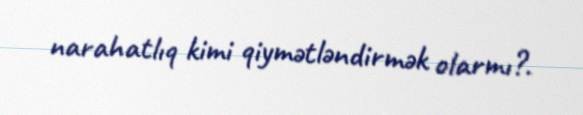
narahatlıq kimi qiymətləndirmək olarmı?.